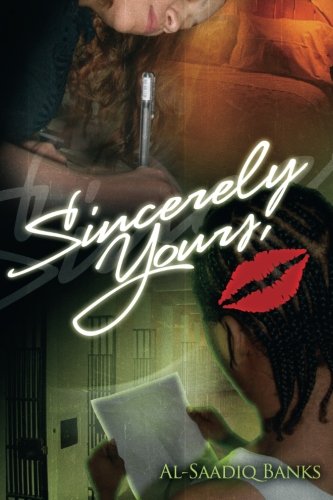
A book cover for Sincerely Yours (True 2 Life Street); Al-Saadiq Banks; Romance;